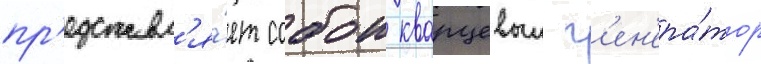
пр'едставл'я́ет собои кварцевыи г'ен'ера́тор